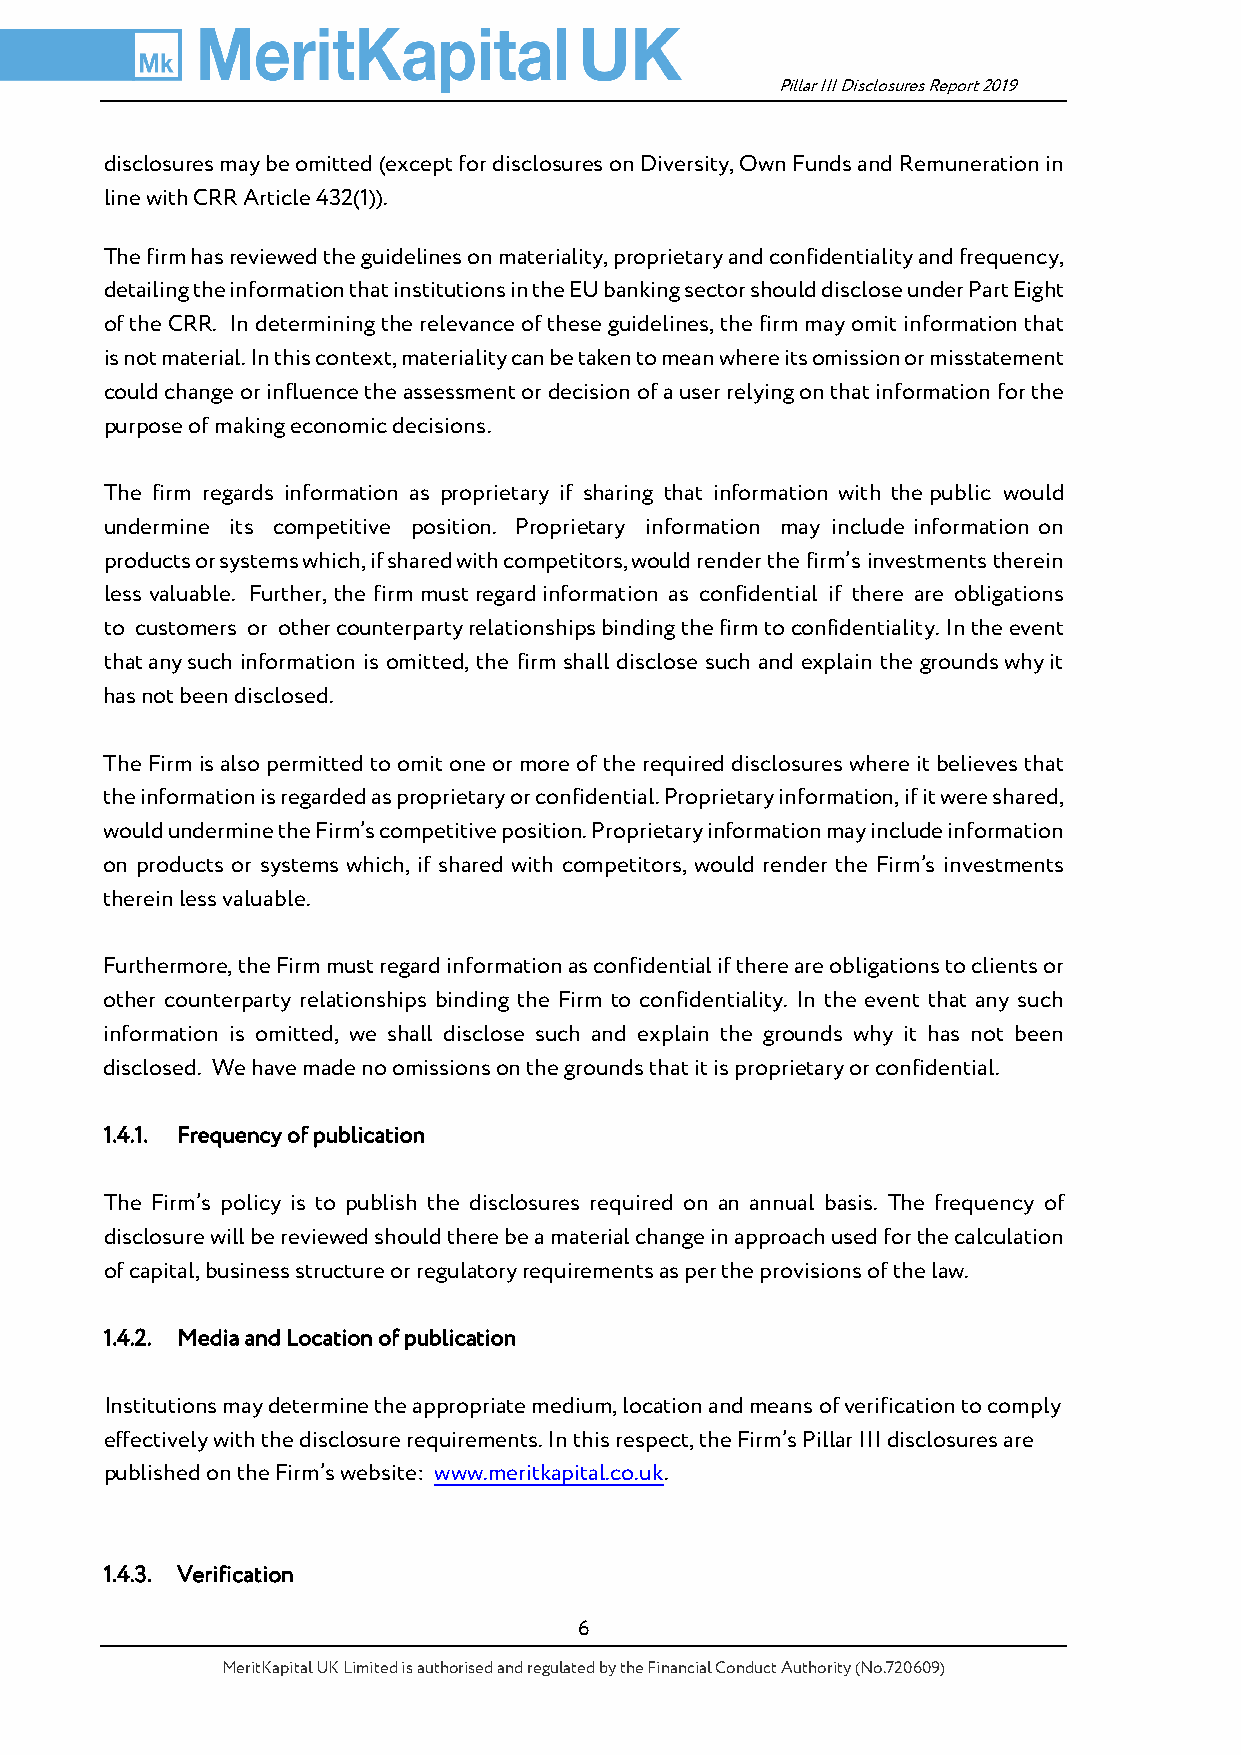
Pillar III Disclosures Report 2019
 disclosures may be omitted (except for disclosures on Diversity, Own Funds and Remuneration in
 line with CRR Article 432(1)).
 The firm has reviewed the guidelines on materiality, proprietary and confidentiality and frequency,
 detailing the information that institutions in the EU banking sector should disclose under Part Eight
 of the CRR. In determining the relevance of these guidelines, the firm may omit information that
 is not material. In this context, materiality can be taken to mean where its omission or misstatement
 could change or influence the assessment or decision of a user relying on that information for the
 purpose of making economic decisions.
 The firm regards information as proprietary if sharing that information with the public would
 undermine its competitive position. Proprietary information may include information on
 products or systems which, if shared with competitors, would render the firm’s investments therein
 less valuable. Further, the firm must regard information as confidential if there are obligations
 to customers or other counterparty relationships binding the firm to confidentiality. In the event
 that any such information is omitted, the firm shall disclose such and explain the grounds why it
 has not been disclosed.
 The Firm is also permitted to omit one or more of the required disclosures where it believes that
 the information is regarded as proprietary or confidential. Proprietary information, if it were shared,
 would undermine the Firm’s competitive position. Proprietary information may include information
 on products or systems which, if shared with competitors, would render the Firm’s investments
 therein less valuable.
 Furthermore, the Firm must regard information as confidential if there are obligations to clients or
 other counterparty relationships binding the Firm to confidentiality. In the event that any such
 information is omitted, we shall disclose such and explain the grounds why it has not been
 disclosed. We have made no omissions on the grounds that it is proprietary or confidential.
 1.4.1. Frequency of publication
 The Firm’s policy is to publish the disclosures required on an annual basis. The frequency of
 disclosure will be reviewed should there be a material change in approach used for the calculation
 of capital, business structure or regulatory requirements as per the provisions of the law.
 1.4.2. Media and Location of publication
 Institutions may determine the appropriate medium, location and means of verification to comply
 effectively with the disclosure requirements. In this respect, the Firm’s Pillar III disclosures are
 published on the Firm’s website: www.meritkapital.co.uk.
 1.4.3. Verification
 6
 MeritKapital UK Limited is authorised and regulated by the Financial Conduct Authority (No.720609)